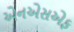
એનએસએફ